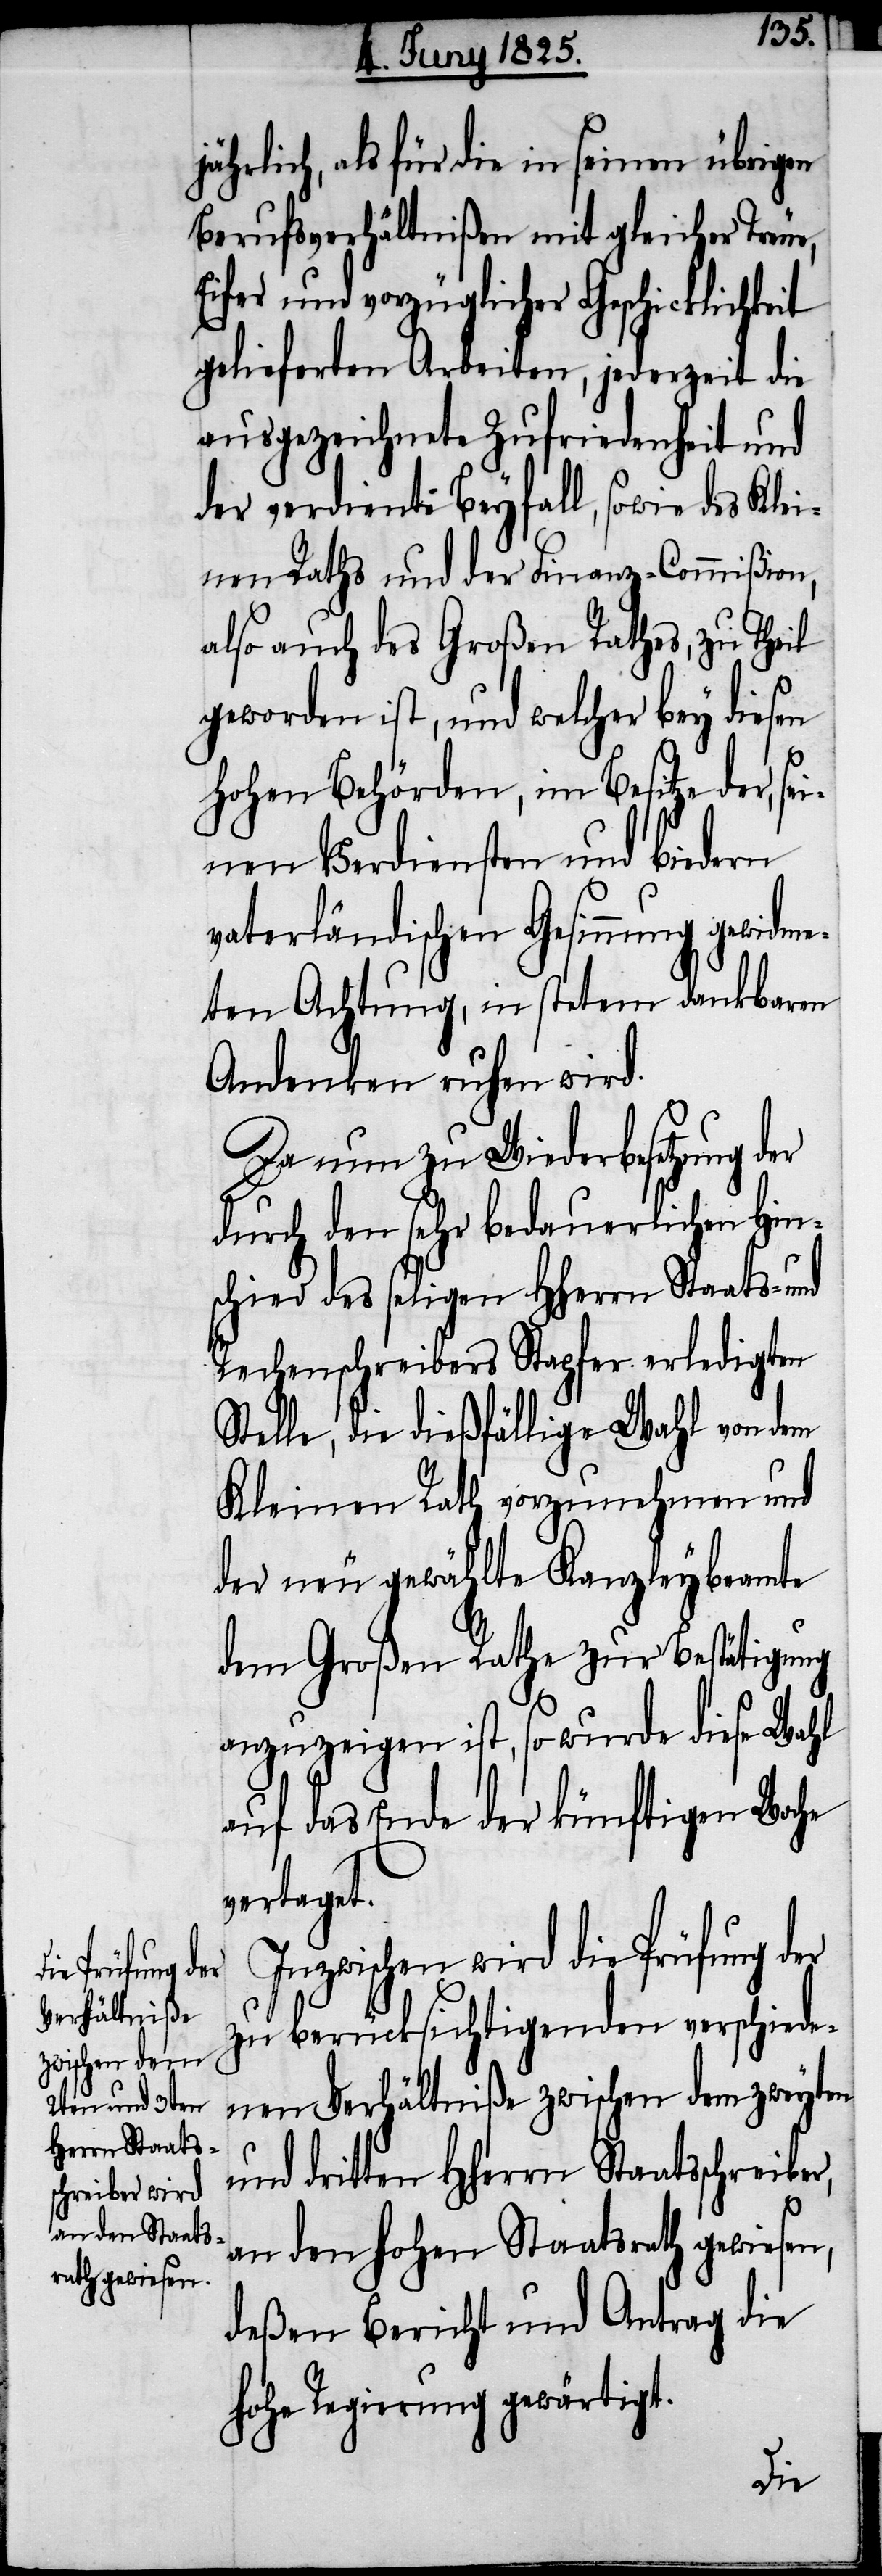
Prüfung der

r,
jährlich, als für die in seinen übrigen
Berufsverhältnißen mit gleicher Treue,
Eifer und vorzüglicher Geschicklichkeit
gelieferten Arbeiten, jederzeit die
ausgezeichnete Zufriedenheit und
der verdiente Beyfall, sowie des Klei¬
nen Raths und der Finanz-Commißion,
also auch des Großen Rathes, zu Theil
geworden ist, und welcher bey diesen
Hohen Behörden, im Besitze der, s¬
einen Verdiensten und biedern
vaterländischen Gesinnung gewidme¬
ten Achtung, in stetem dankbaren
Andenken ruhen wird.
Da nun zu Wiederbesetzung der
durch den sehr bedauerlichen Hin¬
schied des seligen HHerrn Staats- und
Rechenschreibers Stapfer erledigten
Stelle, die dießfällige Wahl von dem
Kleine Rath vorzunehmen und
der neu gewählte Kanzleybeamte
dem Großen Rathe zur Bestätigung
anzuzeigen ist, so wurde diese Wahl
auf das Ende der künftigen Woche
vertaget.
Inzwischen wird die
zu berücksichtigenden verschiede¬
nen Verhältniße zwischen dem zweyten
und dritten HHerrn Staatsschreibe¬
an den hohen Staatsrath gewiesen,
deßen Bericht und Antrag die
hohe Regierung gewärtigt.